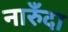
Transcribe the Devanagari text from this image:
नारुँदा